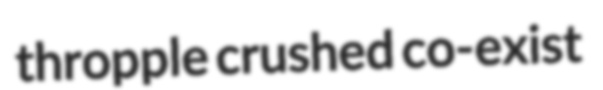
thropple crushed co-exist